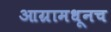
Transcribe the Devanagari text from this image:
आग्रामधूनच